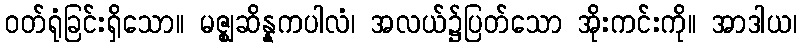
ဝတ်ရုံခြင်းရှိသော။ မဇ္ဈဆိန္နကပါလံ၊ အလယ်၌ပြတ်သော အိုးကင်းကို။ အာဒါယ၊